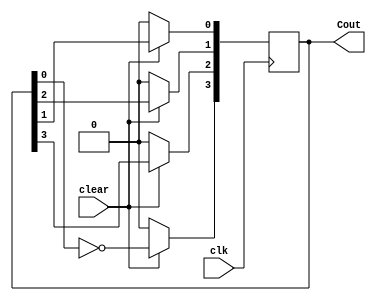
`timescale 1ns / 1ps
//////////////////////////////////////////////////////////////////////////////////
// Company: 
// Engineer: 
// 
// Design Name: 
// Module Name: Johnson_counter
// Project Name: 
// Target Devices: 
// Tool Versions: 
// Description: 
// 
// Dependencies: 
// 
// Revision:
// Revision 0.01 - File Created
// Additional Comments:
// 
//////////////////////////////////////////////////////////////////////////////////


module Johnson_counter(
    input clear,
    input clk,
    output reg [3:0] Cout
    );
    integer i;
    initial
     Cout=4'b0000;
    always @ (posedge clk) 
    begin  
      if (clear==0)  
         Cout <= 0;  
      else begin  
        Cout[3] <= ~Cout[0];  
        for (i = 0; i < 3; i=i+1) begin  
          Cout[i] <= Cout[i+1];  
        end  
      end  
  end  
endmodule